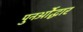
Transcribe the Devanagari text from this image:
पुनर्ओद्धार